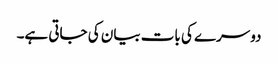
دوسرے کی بات بیان کی جاتی ہے۔